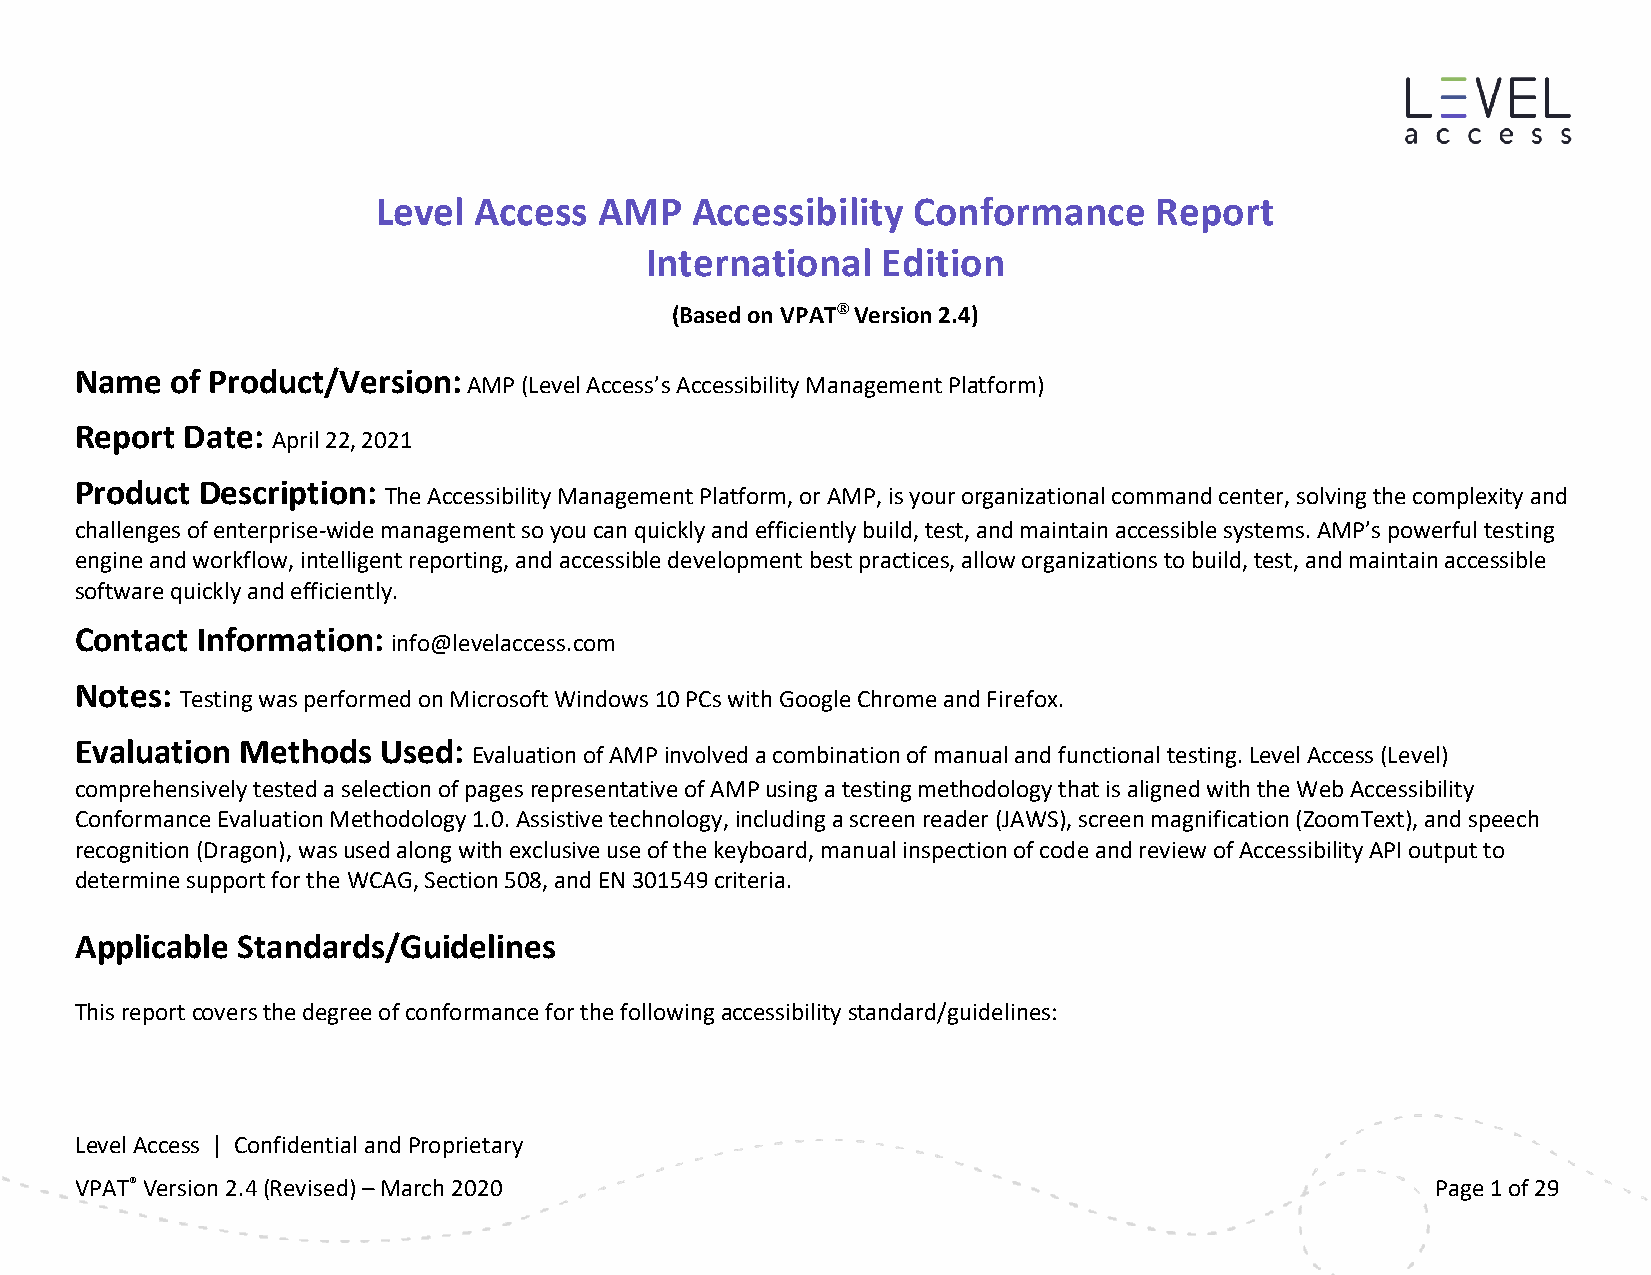
Level Access   AMP   Accessibility Conformance      Report
 International  Edition
 (Based on VPAT® Version 2.4)
 Name  of Product/Version: AMP (Level Access’s Accessibility Management Platform)
 Report Date: April 22, 2021
 Product Description: The Accessibility Management Platform, or AMP, is your organizational command center, solving the complexity and
 challenges of enterprise-wide management so you can quickly and efficiently build, test, and maintain accessible systems. AMP’s powerful testing
 engine and workflow, intelligent reporting, and accessible development best practices, allow organizations to build, test, and maintain accessible
 software quickly and efficiently.
 Contact Information: info@levelaccess.com
 Notes: Testing was performed on Microsoft Windows 10 PCs with Google Chrome and Firefox.
 Evaluation Methods  Used: Evaluation of AMP involved a combination of manual and functional testing. Level Access (Level)
 comprehensively tested a selection of pages representative of AMP using a testing methodology that is aligned with the Web Accessibility
 Conformance Evaluation Methodology 1.0. Assistive technology, including a screen reader (JAWS), screen magnification (ZoomText), and speech
 recognition (Dragon), was used along with exclusive use of the keyboard, manual inspection of code and review of Accessibility API output to
 determine support for the WCAG, Section 508, and EN 301549 criteria.
 Applicable Standards/Guidelines
 This report covers the degree of conformance for the following accessibility standard/guidelines:
 Level Access | Confidential and Proprietary
 VPAT® Version 2.4 (Revised) – March 2020                                                  Page 1 of 30